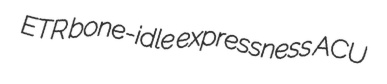
ETR bone-idle expressness ACU